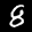
Label: 8